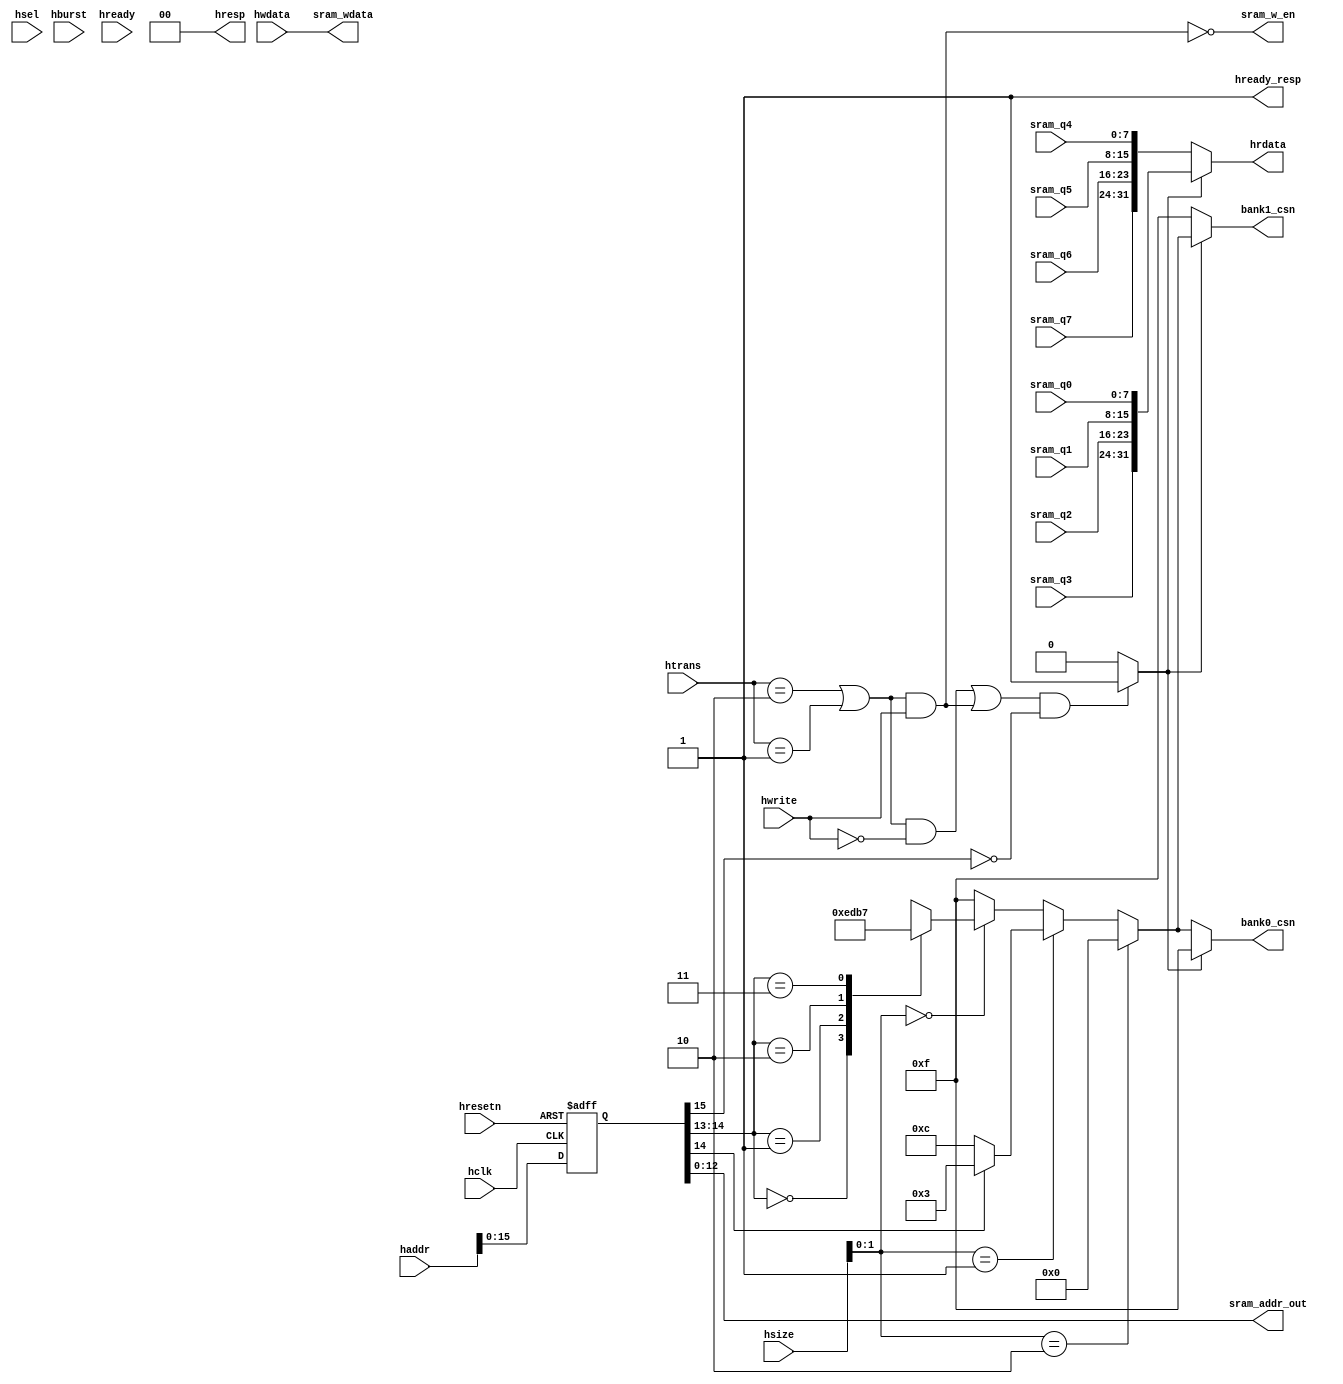
/*-----------------------------------------------------------------------
=========================================================================
CONFIDENTIAL IN CONFIDENCE
The entire notice above must be reproduced on all authorized copies.
Author			:		Ganhuijun
Filename		:		ahb_slave_if.v
Date			:		2020-2-13
Description		:		connect the sram controller into AHB bus 	generate sram control signals 64K.
Modification History	:
=========================================================================
-----------------------------------------------------------------------*/

module ahb_slave_if(
			//input signals
		  hclk,
		  hresetn,
        hsel,
        haddr,
        hwrite,
        hsize,
        hburst,
        htrans,
        hready,
        hwdata,

		   //output signals
		  hready_resp,
		  hresp,
		  hrdata,

			//sram input signals
		  sram_q0,
		  sram_q1,
		  sram_q2,
		  sram_q3,
		  sram_q4,
		  sram_q5,
		  sram_q6,
		  sram_q7,
			
			//sram output signals
		  sram_w_en,
		  sram_addr_out,
		  sram_wdata,
		  bank0_csn,
		  bank1_csn

);
   input                   hclk;
   input                   hresetn;
	input							hsel;
	input	[31:0]				haddr;
	input							hwrite;
	input [2:0]					hsize;
	input [2:0]					hburst;
	input	[1:0]					htrans;
	input							hready;
	input	[31:0]				hwdata;
	
	output						hready_resp;
	output[1:0]					hresp;
	output[31:0]				hrdata;
	
	input	[7:0]					sram_q0;
	input	[7:0]					sram_q1;
	input	[7:0]					sram_q2;
	input	[7:0]					sram_q3;
	input	[7:0]					sram_q4;
	input	[7:0]					sram_q5;
	input	[7:0]					sram_q6;
	input	[7:0]					sram_q7;

	output 						sram_w_en;
	output[31:0]				sram_wdata;
	output[12:0]				sram_addr_out;//sram is 1ffff bit space 16
	output[3:0]					bank0_csn;
	output[3:0]					bank1_csn;

	wire	[31:0]				sram_data_out;
	wire							bank_sel;
	wire  [1:0]					hsize_sel;
	wire  [1:0]					haddr_sel;
	wire							sram_csn_en;
	wire							sram_read;
	wire							sram_write;
	reg   [31:0]				haddr_r;
	reg	[3:0]					sram_csn;
	
	parameter	IDLE = 2'b00;
	parameter	BUSY = 2'b01;
	parameter	NONSEQ = 2'b10;
	parameter	SEQ = 2'b1;
	
	assign sram_data_out = (bank_sel)?{sram_q3,sram_q2,sram_q1,sram_q0}:
												 {sram_q7,sram_q6,sram_q5,sram_q4};

	assign bank_sel = ( sram_csn_en && haddr_r[15] == 0)?1'b1:1'b0; //ADDR[15]
	
	assign hrdata = sram_data_out;

	assign hresp = 2'b00; //OKEY
	assign hready_resp = 1'b1;
	
	assign bank0_csn = (bank_sel == 0)?sram_csn:4'b1111;
	assign bank1_csn = (bank_sel == 1)?sram_csn:4'b1111;
	
	assign sram_read = (htrans == NONSEQ || htrans == SEQ) && !hwrite;
	assign sram_write = (htrans == NONSEQ || htrans == SEQ) && hwrite;
	assign sram_csn_en = (sram_read || sram_write);

	assign sram_w_en = !sram_write;
	
	always@(posedge hclk or negedge hresetn)
	if(!hresetn)
		haddr_r <= 0;
	else
		haddr_r <= haddr;

	assign sram_addr_out = haddr_r[12:0];
	
	assign hsize_sel = hsize[1:0];
	assign haddr_sel = haddr_r[14:13];
	
	always@(haddr_sel or hsize_sel)
	if(hsize_sel == 2'b10) //32bit
		sram_csn <= 4'b0;
	else if(hsize_sel == 2'b01) //16bit
		if(haddr_sel[1] == 0)
			sram_csn <= 4'b1100;
		else
			sram_csn <= 4'b0011;
	else if(hsize_sel == 2'b00) begin //8bit
		case(haddr_sel)
			2'b00:sram_csn <= 4'b1110;
			2'b01:sram_csn <= 4'b1101;
			2'b10:sram_csn <= 4'b1011;
			2'b11:sram_csn <= 4'b0111;
			default:;
		endcase
	end
	else
		sram_csn <= 4'b1111;
		
	assign sram_wdata = hwdata;

endmodule